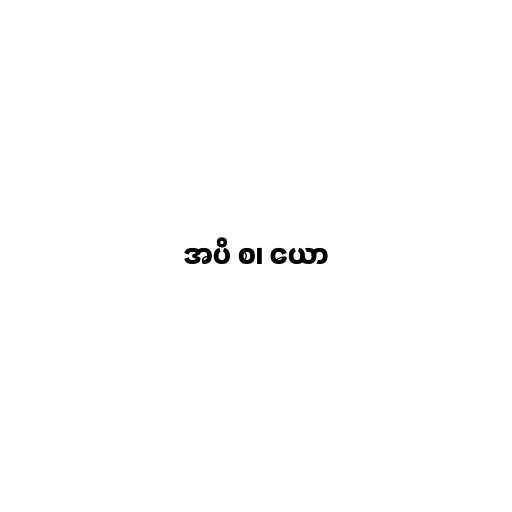
အပိ စ၊ ယော